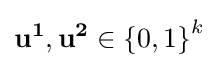
\mathbf {u^{1},u^{2}} \in \left\{0,1\right\}^{k}